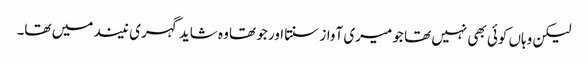
لیکن وہاں کوئی بھی نہیں تھا جو میری آواز سنتا اور جو تھا وہ شاید گہری نیند میں تھا۔